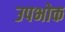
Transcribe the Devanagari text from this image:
उपभोक